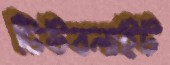
টিউবলাইট